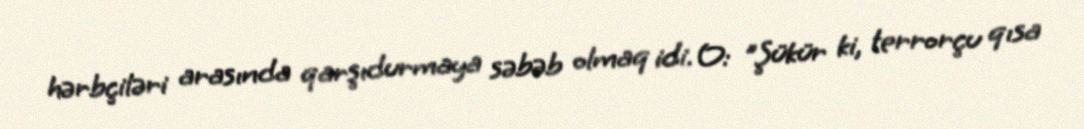
hərbçiləri arasında qarşıdurmaya səbəb olmaq idi. O: "Şükür ki, terrorçu qısa